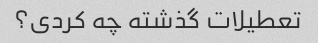
تعطیلات گذشته چه کردی؟